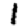
Digit: 1